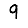
Digit: 9